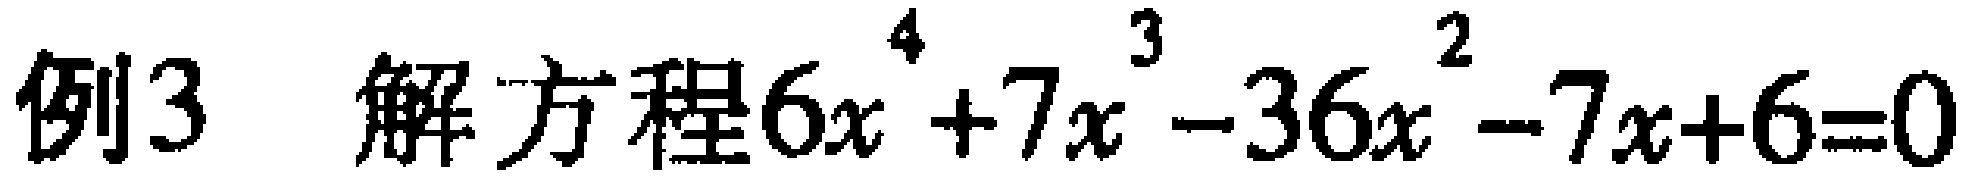
例3 解方程\(6x^{4}+7x^{3}-36x^{2}-7x + 6 = 0\)